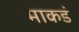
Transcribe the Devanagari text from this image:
माकडं